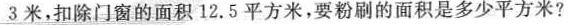
3米，扣除门窗的面积12.5平方米，要粉刷的面积是多少平方米?